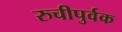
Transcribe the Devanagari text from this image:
रुचीपुर्वक